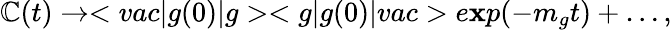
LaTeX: \mathbb{C}(t)\rightarrow<vac|g(0)|g><g|g(0)|vac>e\mathbf{x}p(-m_{g}t)+\ldots,